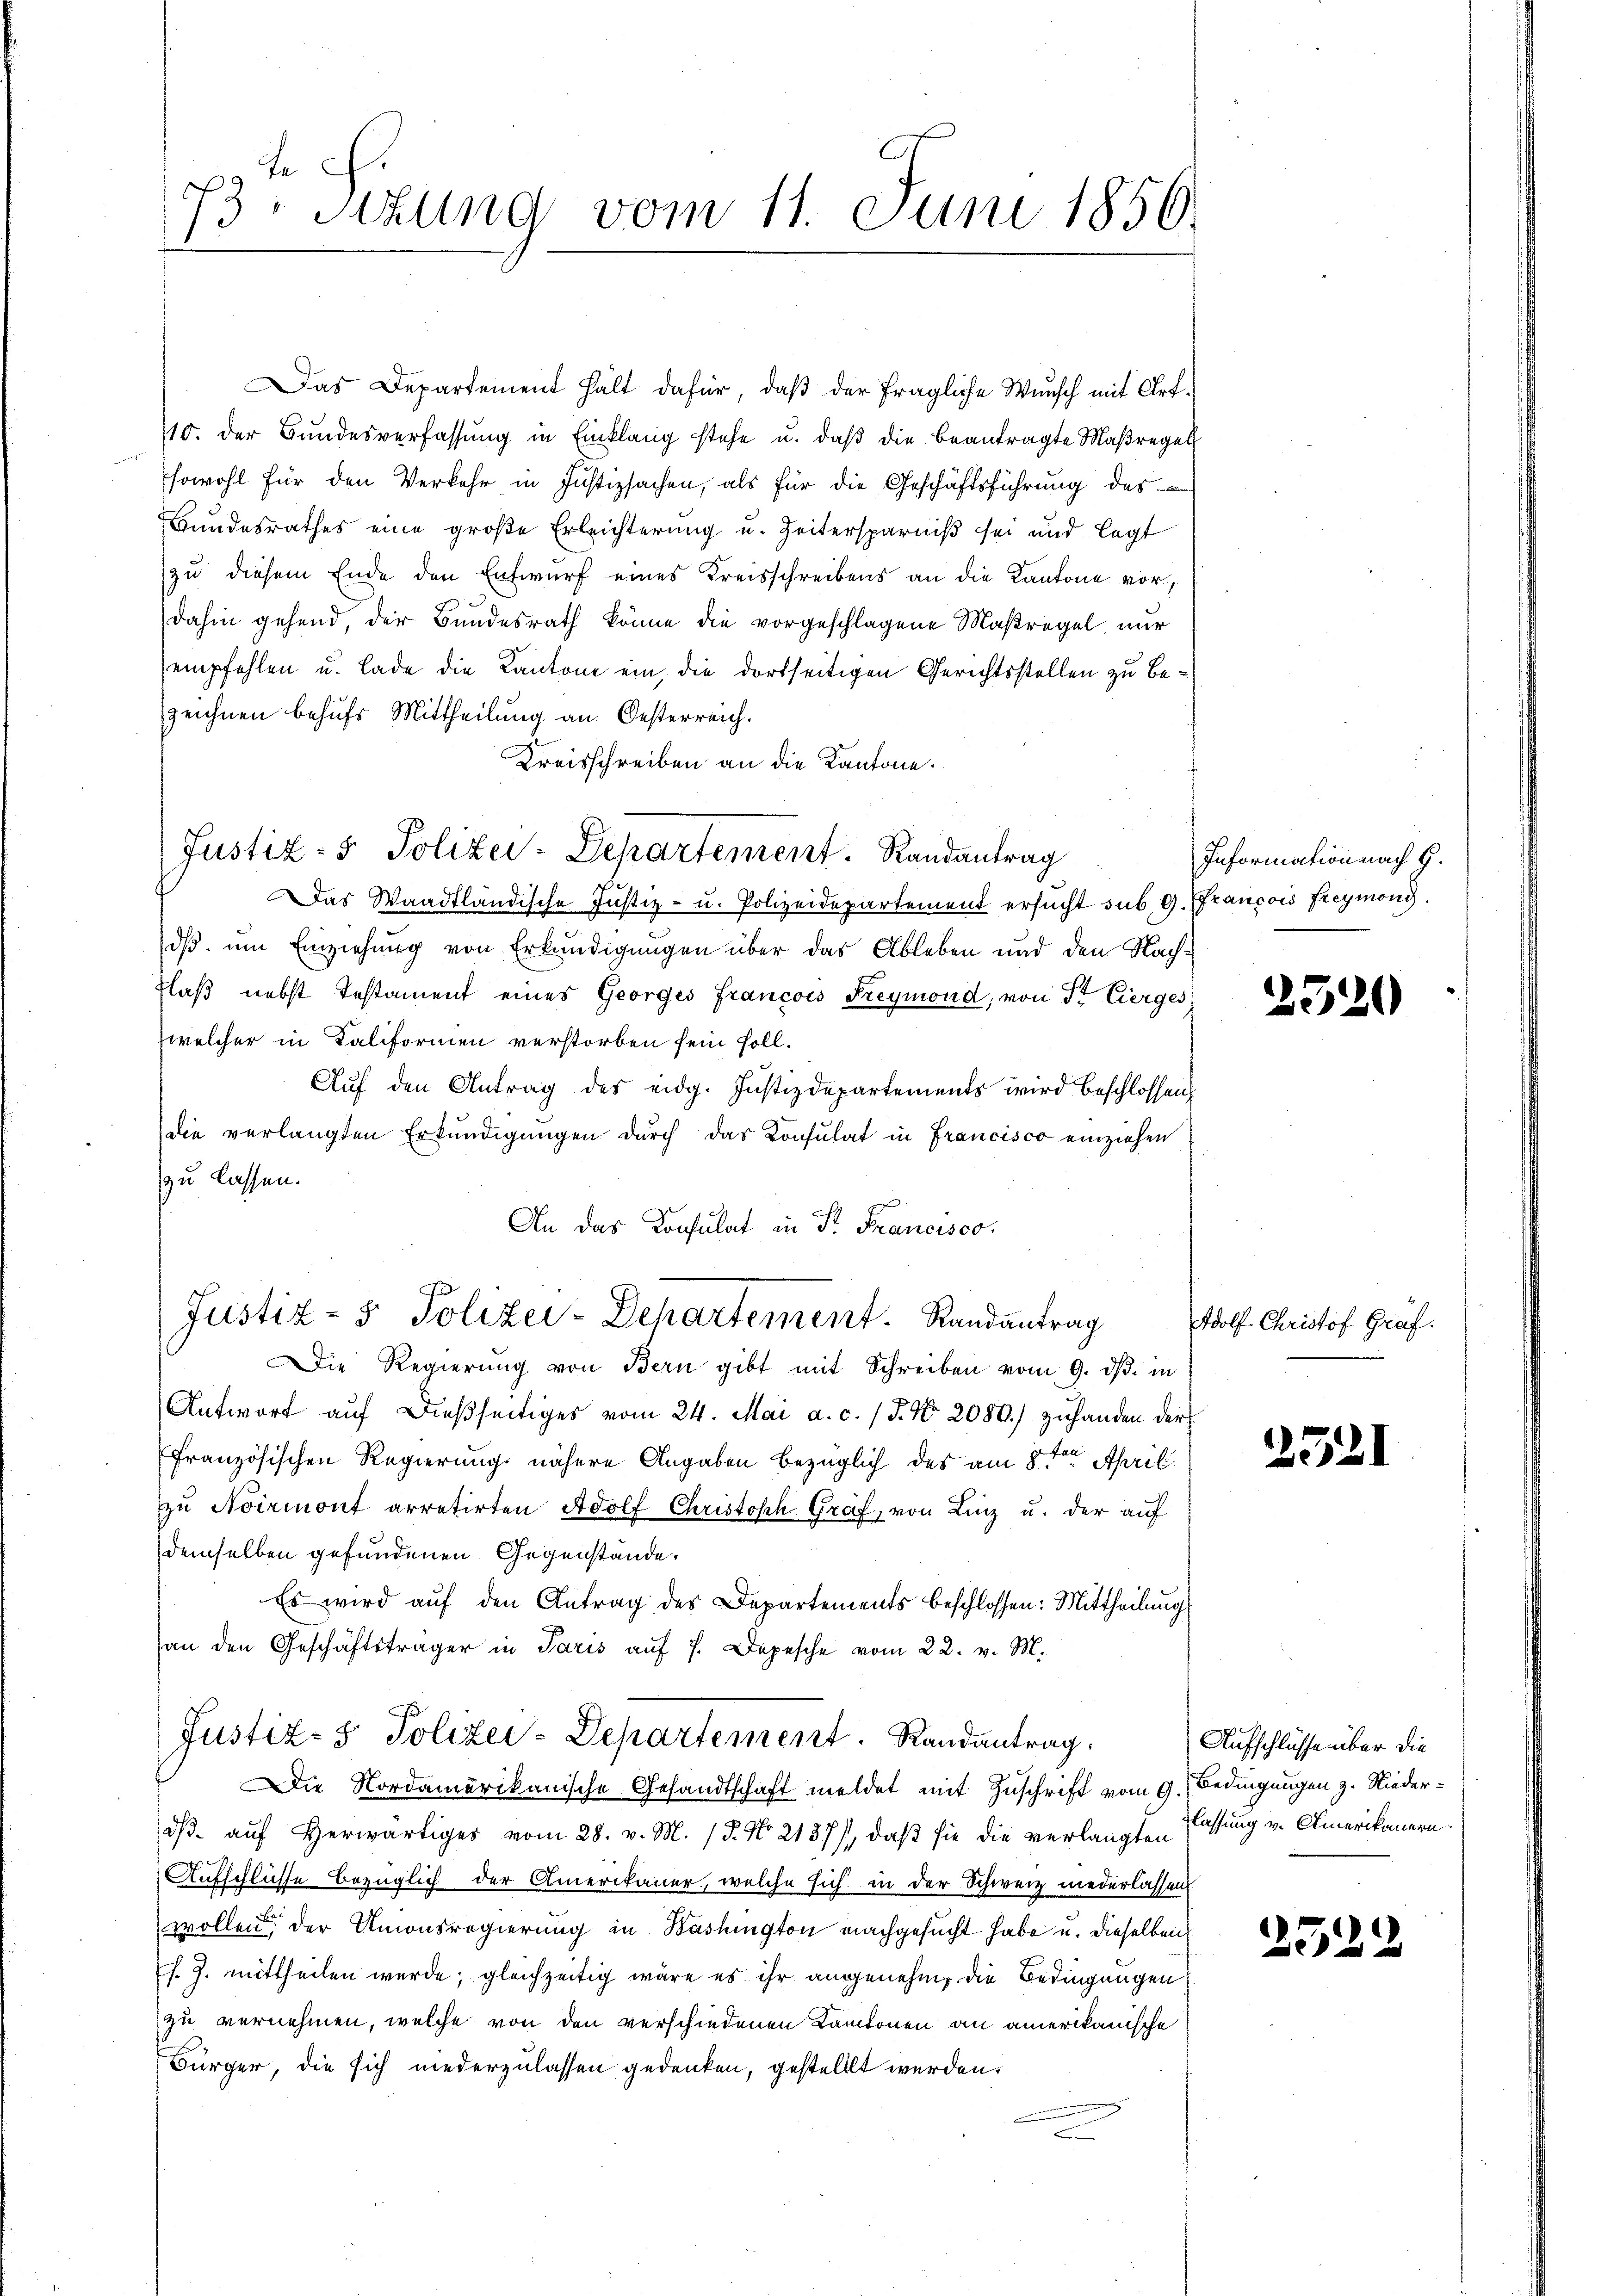
73. Sitzung vom 11. Juni 1856.

Das Departement hält dafür, daß der fragliche Wunsch mit Art¬
10. der Bŭndesverfassŭng in Einklang stehe u. daβ die beantragte Maßregel
sowohl für den Verkehr in Justizsachen, als für die Geschäftsführung des
Bundesrathes eine große Erleichterung u. Zeitersparniß sei und legt
zu diesem Ende den Entwurf eines Kreisschreibens an die Kantone vordahin gehend, der Bundesrath könne die vorgeschlagene Maßregel nur
empfehlen u. lade die Kantone ein, die dortseitigen Gerichtsstellen zu bezeichnen behufs Mittheilung an Oesterreich.
Kreisschreiben an die Kantone.
Das Waadtländische Justiz- u. Polizeidepartement ersucht sub. 9. Francois Freymond
dß um Einziehung von Erkundigungen über das Ableben und den Nach¬
Flaß nebst Testament eines Georges Francois Freymond, von Sr. Eierges
welcher in Kaliformen verstorben sein soll.
Auf den Antrag des eidg. Justizdepartements wird beschlossen,
die verlangten Erkŭndigŭngen durch das Consulat in Francisco einziehen
zu lassen.
An das Konsulat in Dr. Francisco,
Justiz- & Polizei-Departement. Randantrag
Die Regierŭng von Bern gibt mit Schreiben vom 9. dβ. in
Antwort aŭf dießseitiges vom 24. Mai a. c. / 5. No. 2080.) zuhanden der
französischen Regierung nähere Angaben bezüglich des am 8ten April
zŭ Noirmont arretirten Adolf Christoph Graf, von Linz u. der auf
demselben gefundenen Gegenstände.
Es wird auf den Antrag des Departements beschlossen: Mittheilung
an den Geschäftsträger in Paris aŭf 7. Depesche vom 22. v. M.
Justiz- & Polizei-Departement. Randantrag.
Die Nordamerikanische Gesandtschaft meldet mit Zuschrift vom 9. Bedingungen z. Niederdß auf Herwärtiges vom 28. v. M. / 5. No 2137), daß sie die verlangten lassung v. Amerikanern.
Aufschlüsse bezüglich der Amerikaner, welche sich in der Schweiz niederlassen
wollen der Amonsregierung in Washington nachgesucht habe u. dieselben
s. Z. mittheilen werde; gleichzeitig wäre es ihr angenehm die Bedingungen
zu vernehmen, welche von den verschiedenen Kantonen an amerikanische
Bürger, die sich niederzulassen gedenken, gestellt werden.

Justiz- & Polizei-Departement. Randantrag

Information nach G.

2520

Adolf Christof Graf.

25.

2529

Aufschlüsse über die